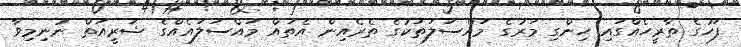
ފަހުގެ ތާރީހެއްގައި ހިންގި މަރުގެ މައްސަލަތަކުގެ ތެރެއިން އެތައް މައްސަލައެއްގެ ޝަރީއަތް ނުނިމިވާ